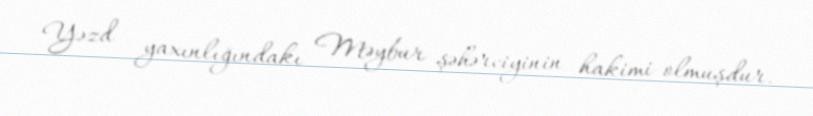
Yəzd yaxınlığındakı Məybur şəhərciyinin hakimi olmuşdur.